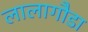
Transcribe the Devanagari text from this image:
लालागौडा